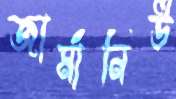
জার্মানিউ